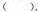
( ).